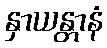
နှာယန္တာနံ